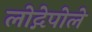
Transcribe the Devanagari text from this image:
लोद्गेपोले